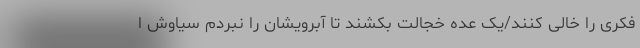
فکری را خالی کنند/یک عده خجالت بکشند تا آبرویشان را نبردم سیاوش ا